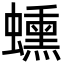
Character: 䗼